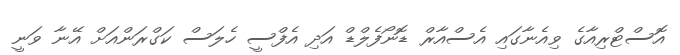
އޮސްޓްރިއާގެ ވިއެނާގައި އެސްއާރް ޑޮނޯފެލްޑް އަދި އެފްސީ ހެލަސް ކަގްރަންއަށް އޭނާ ވަނީ